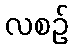
လစဉ်